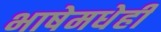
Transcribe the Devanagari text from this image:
भाषेमधेही